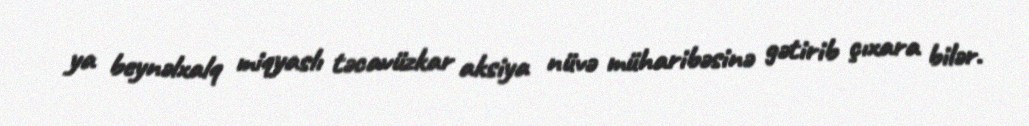
ya beynəlxalq miqyaslı təcavüzkar aksiya nüvə müharibəsinə gətirib çıxara bilər.